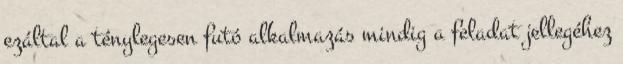
ezáltal a ténylegesen futó alkalmazás mindig a feladat jellegéhez